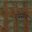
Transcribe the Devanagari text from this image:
रयेर्सन